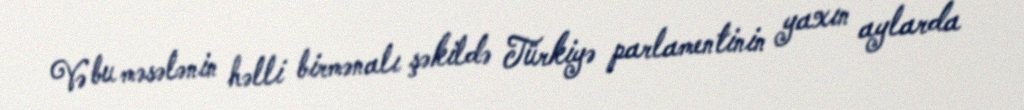
Və bu məsələnin həlli birmənalı şəkildə Türkiyə parlamentinin yaxın aylarda